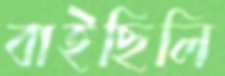
বাইছিলি